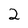
Character: 2